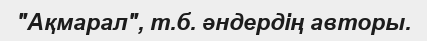
"Ақмарал", т.б. әндердің авторы.